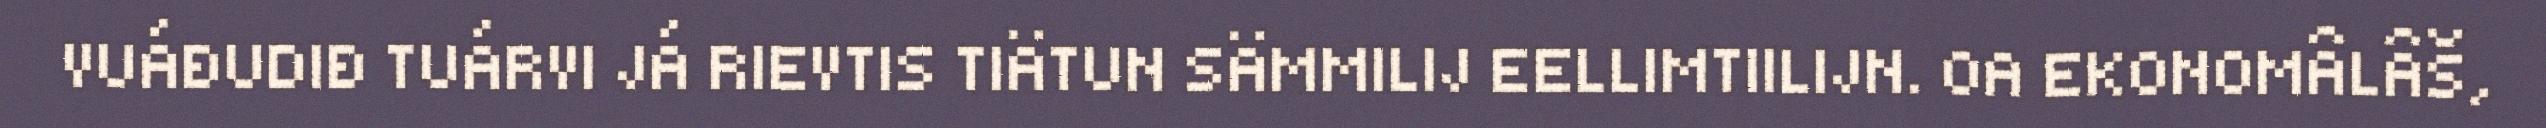
VUÁĐUDIĐ TUÁRVI JÁ RIEVTIS TIÄTUN SÄMMILIJ EELLIMTIILIJN. OA EKONOMÂLÂŠ,